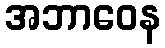
အဘာဝေန